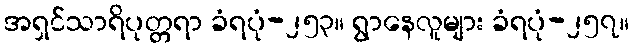
အရှင်သာရိပုတ္တရာ ခံရပုံ-၂၅၃။ ရွာနေလူများ ခံရပုံ-၂၅၇။